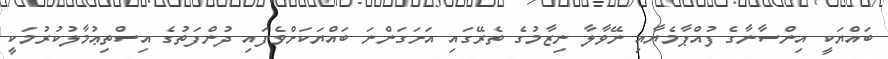
ބައްޔަކީ އިންސާނާގެ ފުއްޕާމެޔާއި ނޭވާލާ ނިޒާމުގެ ތެރޭގައި އަށަގަންނަ ބައްޔަކަށްވެފައި ދުންފަތުގެ އިސްތިޢުމާލުކުރުމަކީ